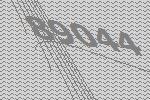
89044